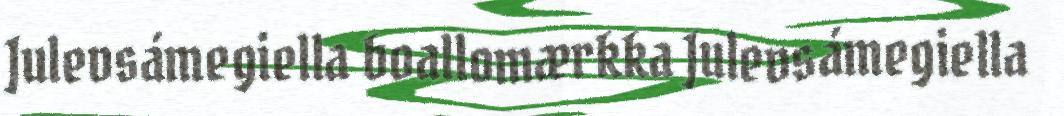
Julevsámegiella boallomærkka Julevsámegiella